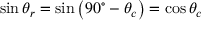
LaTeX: \sin \theta _ { r } = \sin \left( { 9 0 ^ { \circ } } - \theta _ { c } \right) = \cos \theta _ { c }